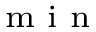
_ { \textrm { { m i n } } }